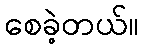
စေခဲ့တယ်။